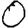
Digit: 0